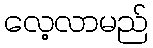
လေ့လာမည်